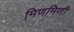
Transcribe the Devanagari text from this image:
मिणमिणी